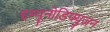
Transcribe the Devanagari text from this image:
इम्यूनोडिफ्युज़न